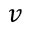
v